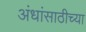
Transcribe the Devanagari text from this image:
अंधांसाठीच्या